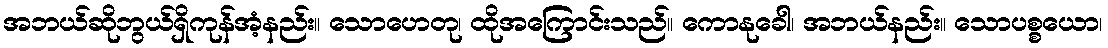
အဘယ်ဆိုဘွယ်ရှိကုန်အံ့နည်း။ သောဟေတု၊ ထိုအကြောင်းသည်။ ကောနုခေါ၊ အဘယ်နည်း။ သောပစ္စယော၊